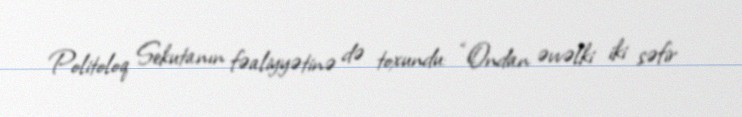
Politoloq Sekutanın fəaliyyətinə də toxundu: “Ondan əvvəlki iki səfir